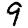
Digit: 9